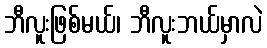
ဘီလူးဖြစ်မယ်၊ ဘီလူးဘယ်မှာလဲ